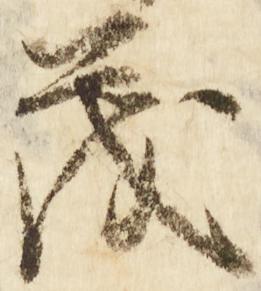
茂